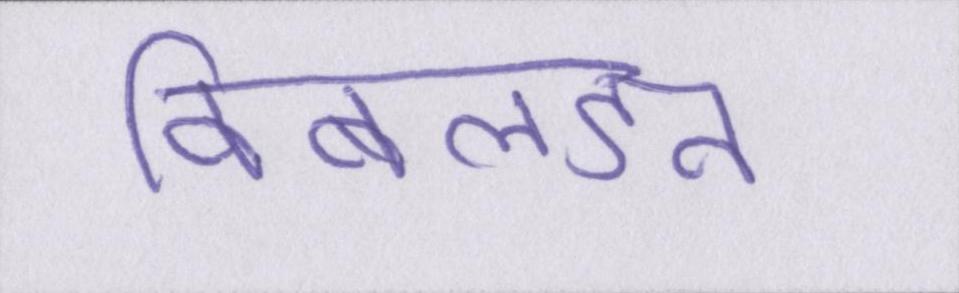
विंबलडन